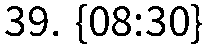
39. {08:30}